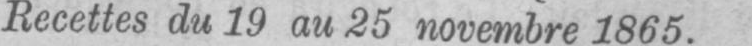
Recettes du 19 au 25 novembre 1865.